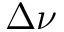
\Delta \boldsymbol { \nu }